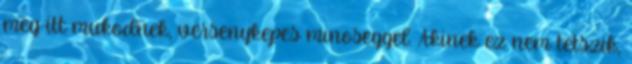
meg itt mukodnek, versenykepes minoseggel. Akinek ez nem tetszik,